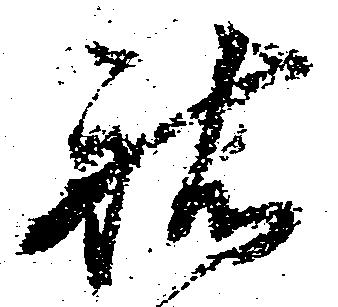
祐